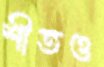
শীতও